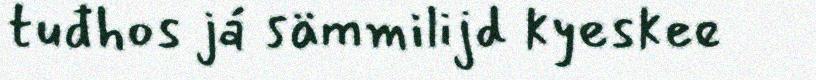
tuđhos já sämmilijd kyeskee